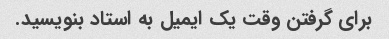
برای گرفتن وقت یک ایمیل به استاد بنویسید.